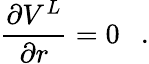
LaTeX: {\frac{\partial V^{L}}{\partial r}}=0~~~.